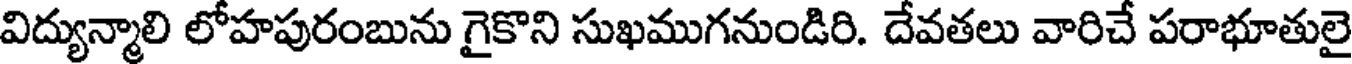
విద్యున్మాలి లోహపురంబును గైకొని సుఖముగనుండిరి. దేవతలు వారిచే పరాభూతులై